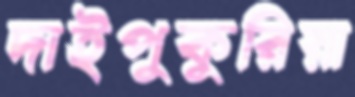
দাইপুকুরিয়া